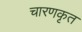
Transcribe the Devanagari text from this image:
चारणकृत